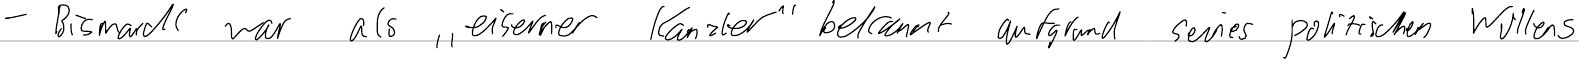
- Bismarck war als "eiserner Kanzler" bekannt aufgrund seines politischen Willens